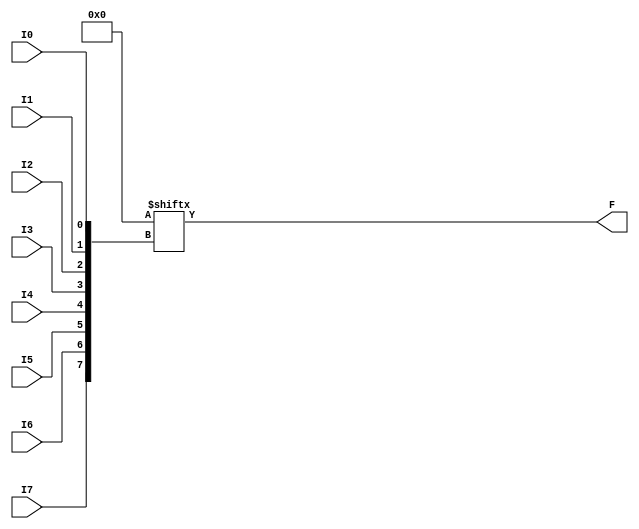
`ifdef verilator3
`else
`timescale 1 ps / 1 ps
`endif
//
// LUT8 primitive for Gowin FPGAs
// Compatible with Verilator tool (www.veripool.org)
// Copyright (c) 2022 Frdric REQUIN
// License : BSD
//

module LUT8
#(
    parameter [255:0] INIT = 256'h0
)
(
    input  I0,
    input  I1,
    input  I2,
    input  I3,
    input  I4,
    input  I5,
    input  I6,
    input  I7,
    output F
);

    assign F = INIT[{I7, I6, I5, I4, I3, I2, I1, I0}];

endmodule